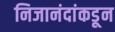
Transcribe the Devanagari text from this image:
निजानंदांकडून